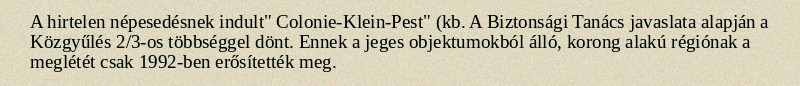
A hirtelen népesedésnek indult" Colonie-Klein-Pest" (kb. A Biztonsági Tanács javaslata alapján a Közgyűlés 2/3-os többséggel dönt. Ennek a jeges objektumokból álló, korong alakú régiónak a meglétét csak 1992-ben erősítették meg.